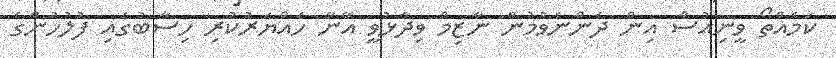
ކަމެއްތޯ ވީނިއުސް އިން ދެންނެވުމުން ނާޒިމް ވިދާޅުވީ އޭނާ ހައްޔަރުކުރި ހިސާބުގައި ފުލުހުންގެ